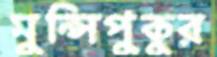
মুন্সিপুকুর